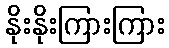
နိုးနိုးကြားကြား